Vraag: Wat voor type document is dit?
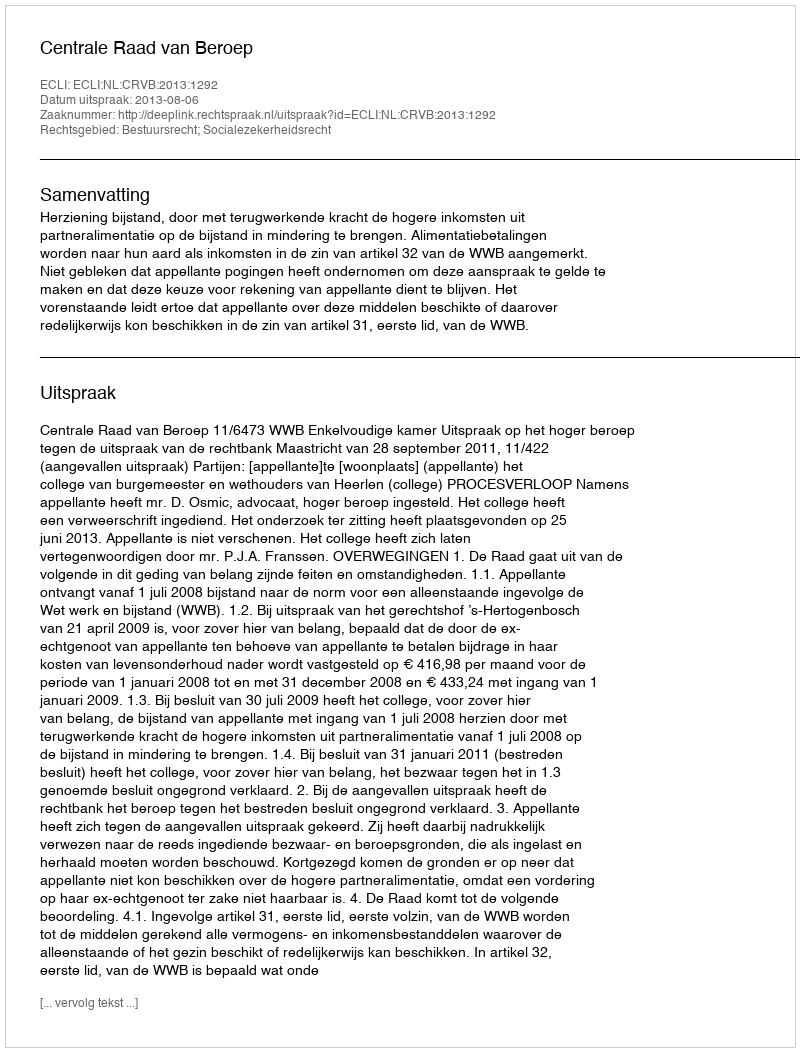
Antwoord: Uitspraak